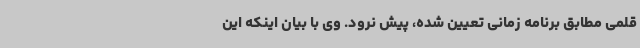
قلمی مطابق برنامه زمانی تعیین شده، پیش نرود. وی با بیان اینکه این